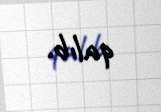
qalıb.